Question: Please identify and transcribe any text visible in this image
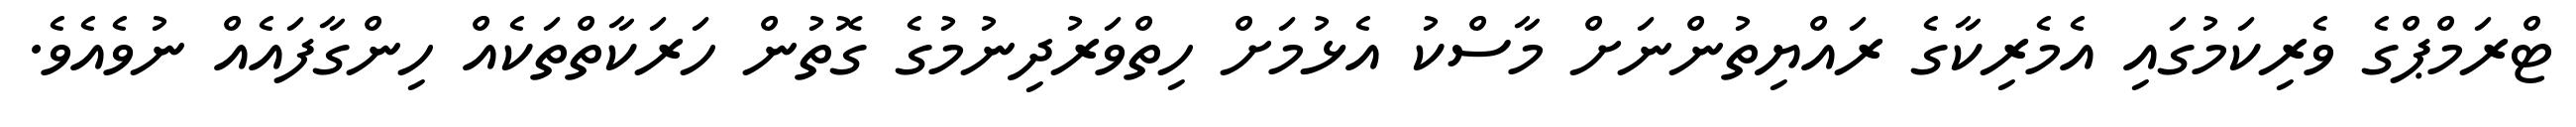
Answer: ޓްރަމްޕްގެ ވެރިކަމުގައި އެމެރިކާގެ ރައްޔިތުންނަށް މާސްކު އެޅުމަށް ހިތްވަރުދިނުމުގެ ގޮތުން ހަރަކާތްތަކެއް ހިންގާފައެއް ނުވެއެވެ.